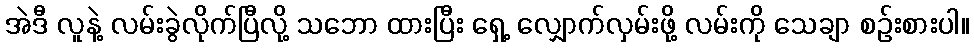
အဲဒီ လူနဲ့ လမ်းခွဲလိုက်ပြီလို့ သဘော ထားပြီး ရှေ့ လျှောက်လှမ်းဖို့ လမ်းကို သေချာ စဉ်းစားပါ။